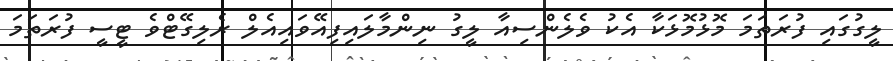
ލީގުގައި ފުރަތަމަ މޮޅުމޮޅަކާ އެކު ވެލެންސިއާ ލީގު ނިންމާލައިފިއޭވައިއެލް ރެލިގޭޓްވެ ޓީސީ ފުރަތަމަ